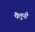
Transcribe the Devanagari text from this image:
पैलूनी